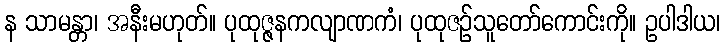
န သာမန္တာ၊ အနီးမဟုတ်။ ပုထုဇ္ဇနကလျာဏကံ၊ ပုထုဇဉ်သူတော်ကောင်းကို။ ဥပါဒါယ၊